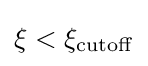
\xi <\xi _{\mathrm {cutoff} }